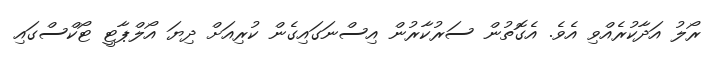
ރޯލު އަދާކުރެއްވި އެވެ. އެގޮތުން ސަރުކާރުން އިސްނަގައިގެން ކުރިއަށް ދިޔަ އޯލްޕާޓީ ޓޯކްސްގައި